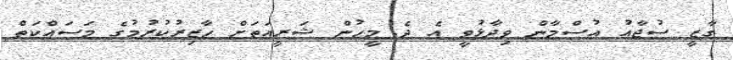
ގާޒީ ސުޖާއު އުސްމާން ވިދާޅުވީ އެ ދެ މީހުން ޝަރީއަތަށް ހާޒިރުކުރުމުގެ މަސައްކަތް